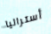
أستراليا